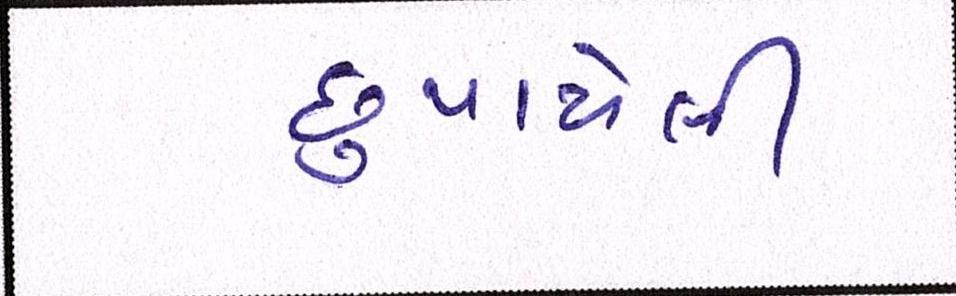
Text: છુપાયેલી